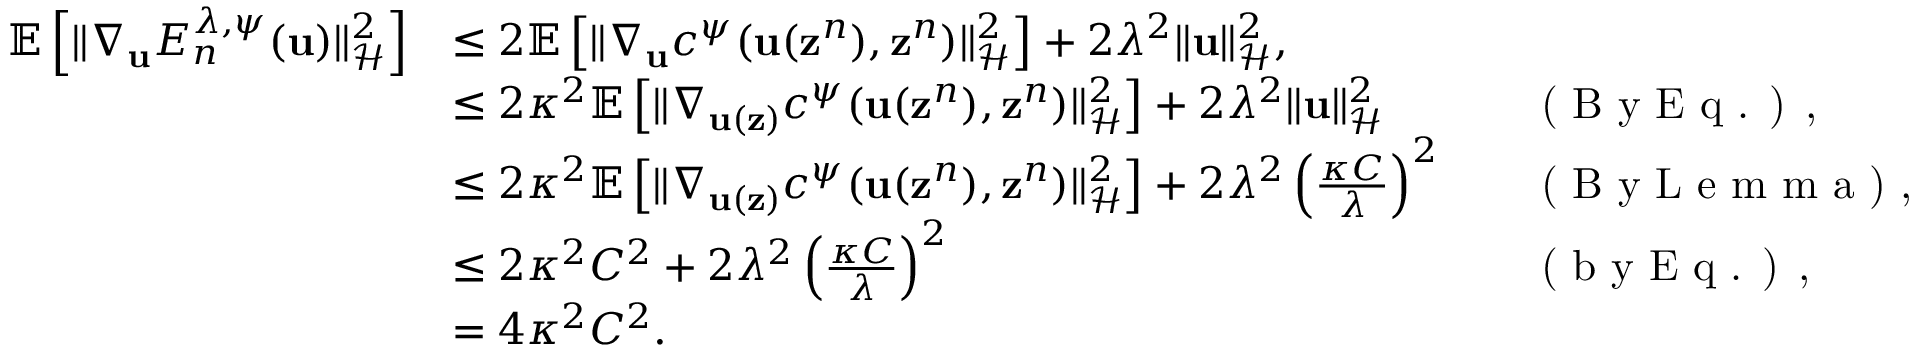
\begin{array} { r l r l } { \mathbb { E } \left[ \| \nabla _ { { \bf u } } E _ { n } ^ { \lambda , \psi } ( { \bf u } ) \| _ { \mathcal { H } } ^ { 2 } \right] } & { \leq 2 \mathbb { E } \left[ \| \nabla _ { { \bf u } } c ^ { \psi } ( { \bf u } ( { \bf z } ^ { n } ) , { \bf z } ^ { n } ) \| _ { \mathcal { H } } ^ { 2 } \right] + 2 { \lambda ^ { 2 } } \| { \bf u } \| _ { \mathcal { H } } ^ { 2 } , } & & { } \\ & { \leq 2 \kappa ^ { 2 } \mathbb { E } \left[ \| \nabla _ { { \bf u } ( { \bf z } ) } c ^ { \psi } ( { \bf u } ( { \bf z } ^ { n } ) , { \bf z } ^ { n } ) \| _ { \mathcal { H } } ^ { 2 } \right] + 2 { \lambda ^ { 2 } } \| { \bf u } \| _ { \mathcal { H } } ^ { 2 } } & & { \textup { ( B y E q . ) , } } \\ & { \leq 2 \kappa ^ { 2 } \mathbb { E } \left[ \| \nabla _ { { \bf u } ( { \bf z } ) } c ^ { \psi } ( { \bf u } ( { \bf z } ^ { n } ) , { \bf z } ^ { n } ) \| _ { \mathcal { H } } ^ { 2 } \right] + 2 { \lambda ^ { 2 } } \left( \frac { \kappa C } { \lambda } \right) ^ { 2 } } & & { \textup { ( B y L e m m a ) , } } \\ & { \leq 2 \kappa ^ { 2 } C ^ { 2 } + 2 { \lambda ^ { 2 } } \left( \frac { \kappa C } { \lambda } \right) ^ { 2 } } & & { \textup { ( b y E q . ) , } } \\ & { = 4 \kappa ^ { 2 } C ^ { 2 } . } \end{array}